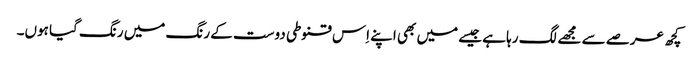
کچھ عرصے سے مجھے لگ رہا ہے جیسے میں بھی اپنے اِس قنوطی دوست کے رنگ میں رنگ گیا ہوں۔